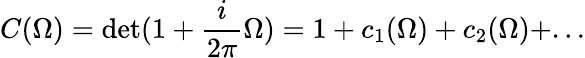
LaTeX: C(\Omega)=\operatorname*{det}(1+\frac{i}{2\pi}\Omega)=1+c_{1}(\Omega)+c_{2}(\Omega)+...